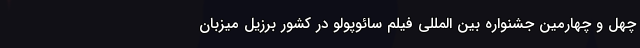
چهل و چهارمین جشنواره بین المللی فیلم سائوپولو در کشور برزیل میزبان